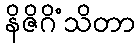
နိဇိဂိံသိတာ